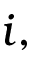
i ,